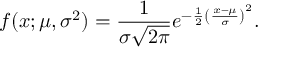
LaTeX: f ( x ; \mu , \sigma ^ { 2 } ) = { \frac { 1 } { \sigma { \sqrt { 2 \pi } } } } e ^ { - { \frac { 1 } { 2 } } \left( { \frac { x - \mu } { \sigma } } \right) ^ { 2 } } .